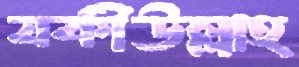
যকীউল্লাহ